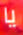
يا